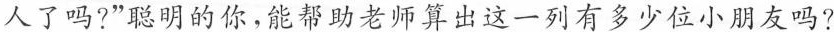
人了吗?”聪明的你，能帮助老师算出这一列有多少位小朋友吗?